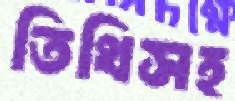
তিথিসহ